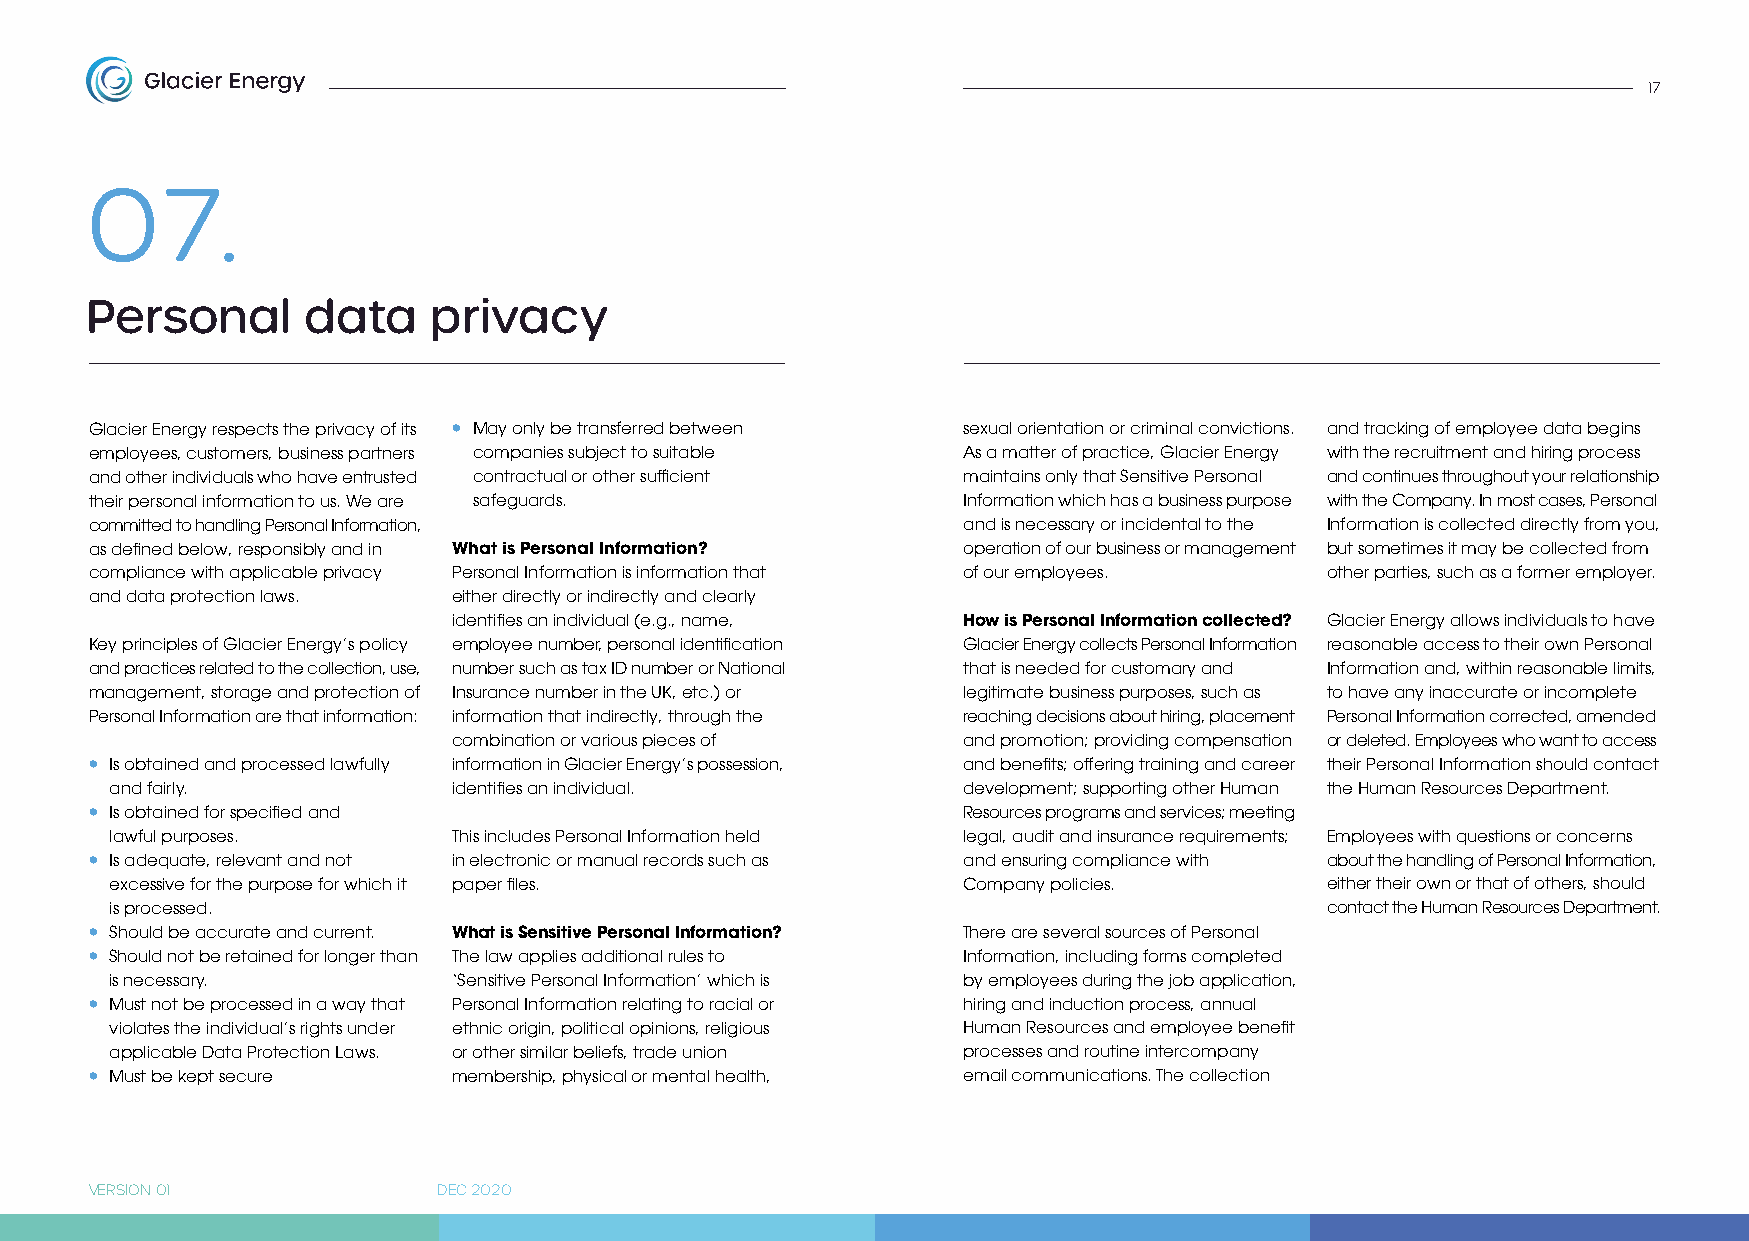
17
 07.
 Personal      data    privacy
 Glacier Energy respects the privacy of its • May only be transferred between sexual orientation or criminal convictions. and tracking of employee data begins
 employees, customers, business partners companies subject to suitable As a matter of practice, Glacier Energy with the recruitment and hiring process
 and other individuals who have entrusted contractual or other sufficient maintains only that Sensitive Personal and continues throughout your relationship
 their personal information to us. We are safeguards.      Information which has a business purpose with the Company. In most cases, Personal
 committed to handling Personal Information,               and is necessary or incidental to the Information is collected directly from you,
 as defined below, responsibly and in What is Personal Information? operation of our business or management but sometimes it may be collected from
 compliance with applicable privacy Personal Information is information that of our employees. other parties, such as a former employer.
 and data protection laws. either directly or indirectly and clearly
 identifies an individual (e.g., name, How is Personal Information collected? Glacier Energy allows individuals to have
 Key principles of Glacier Energy’s policy employee number, personal identification Glacier Energy collects Personal Information reasonable access to their own Personal
 and practices related to the collection, use, number such as tax ID number or National that is needed for customary and Information and, within reasonable limits,
 management, storage and protection of Insurance number in the UK, etc.) or legitimate business purposes, such as to have any inaccurate or incomplete
 Personal Information are that information: information that indirectly, through the reaching decisions about hiring, placement Personal Information corrected, amended
 combination or various pieces of  and promotion; providing compensation or deleted. Employees who want to access
 • Is obtained and processed lawfully information in Glacier Energy’s possession, and benefits; offering training and career their Personal Information should contact
 and fairly.            identifies an individual.         development; supporting other Human the Human Resources Department.
 • Is obtained for specified and                           Resources programs and services; meeting
 lawful purposes.       This includes Personal Information held legal, audit and insurance requirements; Employees with questions or concerns
 • Is adequate, relevant and not in electronic or manual records such as and ensuring compliance with about the handling of Personal Information,
 excessive for the purpose for which it paper files.      Company policies.       either their own or that of others, should
 is processed.                                                                    contact the Human Resources Department.
 • Should be accurate and current. What is Sensitive Personal Information? There are several sources of Personal
 • Should not be retained for longer than The law applies additional rules to Information, including forms completed
 is necessary.          ‘Sensitive Personal Information’ which is by employees during the job application,
 • Must not be processed in a way that Personal Information relating to racial or hiring and induction process, annual
 violates the individual’s rights under ethnic origin, political opinions, religious Human Resources and employee benefit
 applicable Data Protection Laws. or other similar beliefs, trade union processes and routine intercompany
 • Must be kept secure   membership, physical or mental health, email communications. The collection
 VERSION 01             DEC 2020